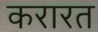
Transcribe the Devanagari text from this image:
करारत